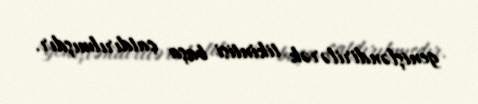
genişləndirilərək tikintisi başa çatdırılmışdır.